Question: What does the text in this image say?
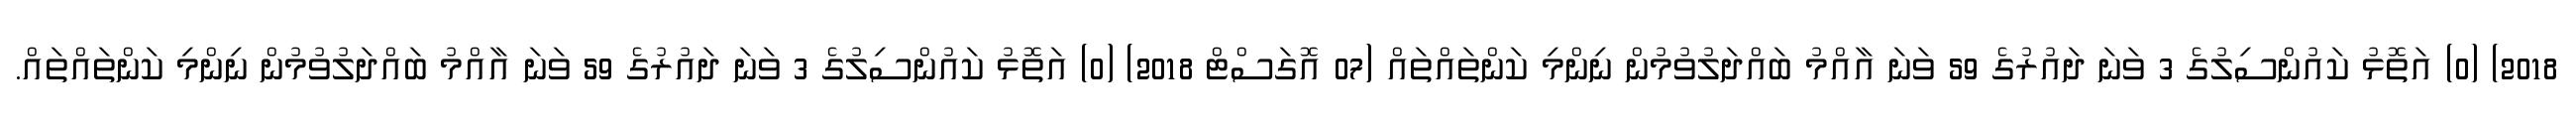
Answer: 2018) (0) އަތޮޅު ކައުންސިލުގެ 3 ވަނަ ދައުރުގެ 59 ވަނަ އާއްމު ބައްދަލުވުމުން ނިންމި ކަންތައްތައް (07 އޮގަސްޓް 2018) (0) އަތޮޅު ކައުންސިލުގެ 3 ވަނަ ދައުރުގެ 59 ވަނަ އާއްމު ބައްދަލުވުމުން ނިންމި ކަންތައްތައް.